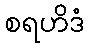
စရဟိဒံ